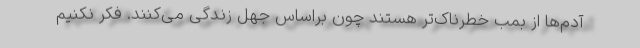
آدم‌ها از بمب خطرناک‌تر هستند چون براساس جهل زندگی می‌کنند. فکر نکنیم